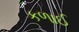
કળાઈ